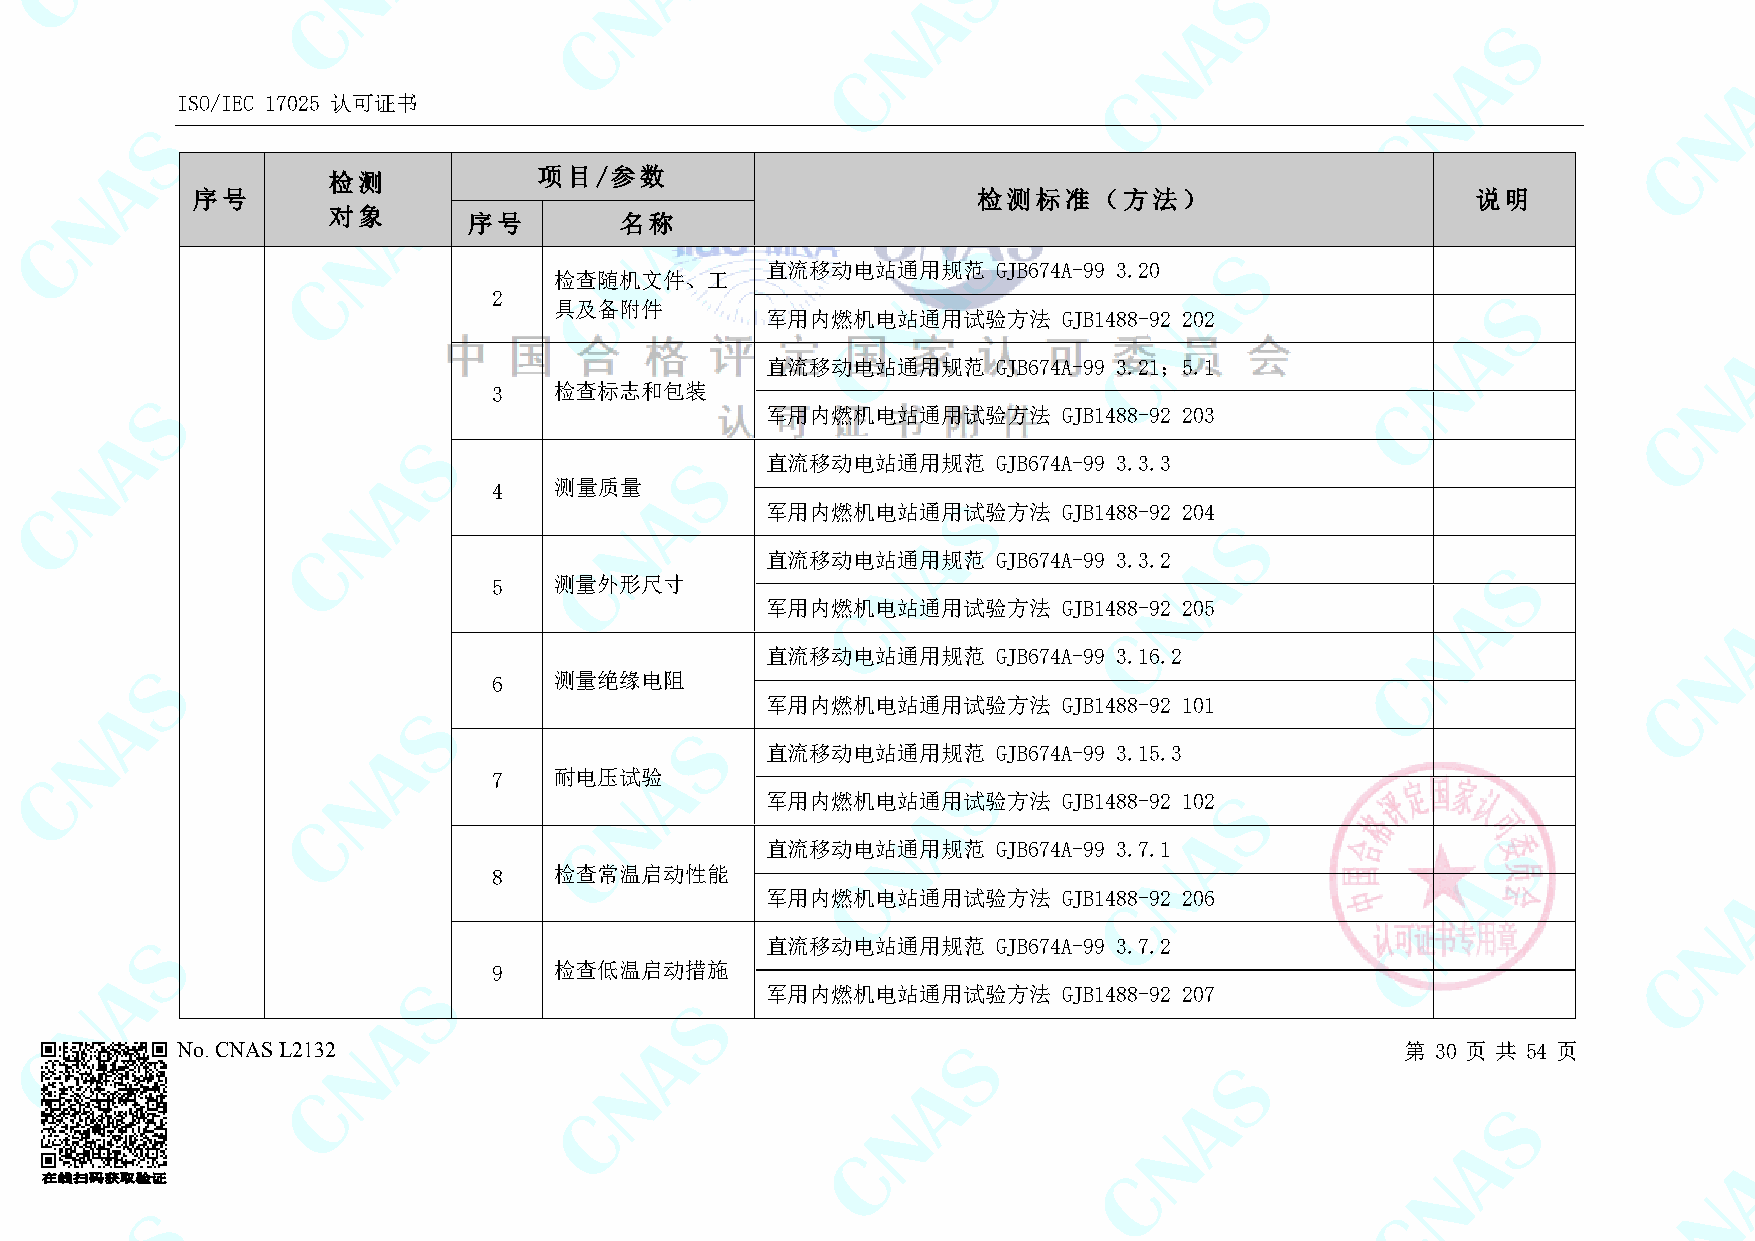
ISO/IEC 17025 认可证书
 检测            项目/参数
 序号                                                  检测标准（方法）                         说明
 对象
 序号        名称
 直流移动电站通用规范     GJB674A-99 3.20
 检查随机文件、工
 2
 具及备附件
 军用内燃机电站通用试验方法      GJB1488-92 202
 直流移动电站通用规范     GJB674A-99 3.21；5.1
 3   检查标志和包装
 军用内燃机电站通用试验方法      GJB1488-92 203
 直流移动电站通用规范     GJB674A-99 3.3.3
 4   测量质量
 军用内燃机电站通用试验方法      GJB1488-92 204
 直流移动电站通用规范     GJB674A-99 3.3.2
 5   测量外形尺寸
 军用内燃机电站通用试验方法      GJB1488-92 205
 直流移动电站通用规范     GJB674A-99 3.16.2
 6   测量绝缘电阻
 军用内燃机电站通用试验方法      GJB1488-92 101
 直流移动电站通用规范     GJB674A-99 3.15.3
 7   耐电压试验
 军用内燃机电站通用试验方法      GJB1488-92 102
 直流移动电站通用规范     GJB674A-99 3.7.1
 8   检查常温启动性能
 军用内燃机电站通用试验方法      GJB1488-92 206
 直流移动电站通用规范     GJB674A-99 3.7.2
 9   检查低温启动措施
 军用内燃机电站通用试验方法      GJB1488-92 207
 No. CNAS L2132                                                                   第 30 页 共 54 页